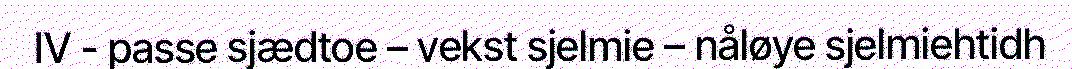
IV - passe sjædtoe – vekst sjelmie – nåløye sjelmiehtidh